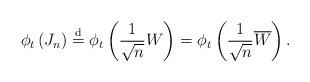
LaTeX: \begin{align*}\phi_{t} \left( J_{n} \right) \overset{\mathrm{d}}{=} \phi_{t} \left( \frac{1}{\sqrt{n}} W \right) = \phi_{t} \left( \frac{1}{\sqrt{n}} \overline{W} \right).\end{align*}